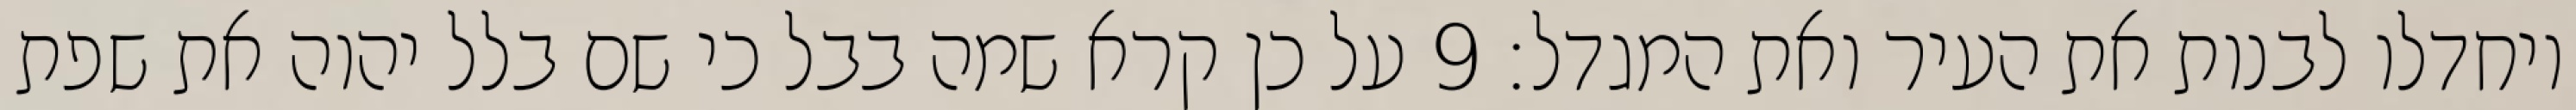
ויחדלו לבנות את העיר ואת המגדל׃ ‎9‏ על כן קרא שמה בבל כי שם בלל יהוה את שפת